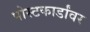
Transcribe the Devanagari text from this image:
पोस्टकार्डांवर